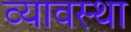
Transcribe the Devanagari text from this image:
व्यावस्था